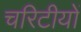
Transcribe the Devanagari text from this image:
चरिटीयों